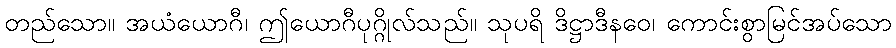
တည်သော။ အယံယောဂီ၊ ဤယောဂီပုဂ္ဂိုလ်သည်။ သုပရိ ဒိဋ္ဌာဒီနဝေ၊ ကောင်းစွာမြင်အပ်သော